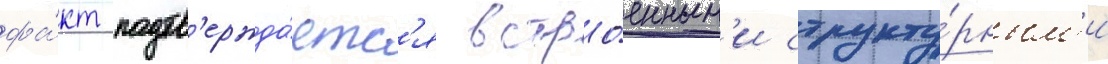
фа́кт подтв'ержда́етс'я встро́енным'и структу́рным'и